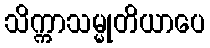
သိက္ကာသမ္မုတိယာပေ